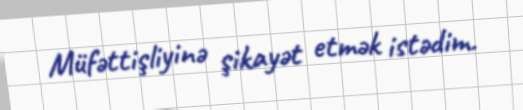
Müfəttişliyinə şikayət etmək istədim.